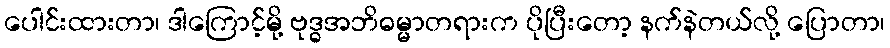
ပေါင်းထားတာ၊ ဒါကြောင့်မို့ ဗုဒ္ဓအဘိဓမ္မာတရားက ပိုပြီးတော့ နက်နဲတယ်လို့ ပြောတာ၊